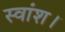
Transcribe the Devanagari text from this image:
स्वांश।